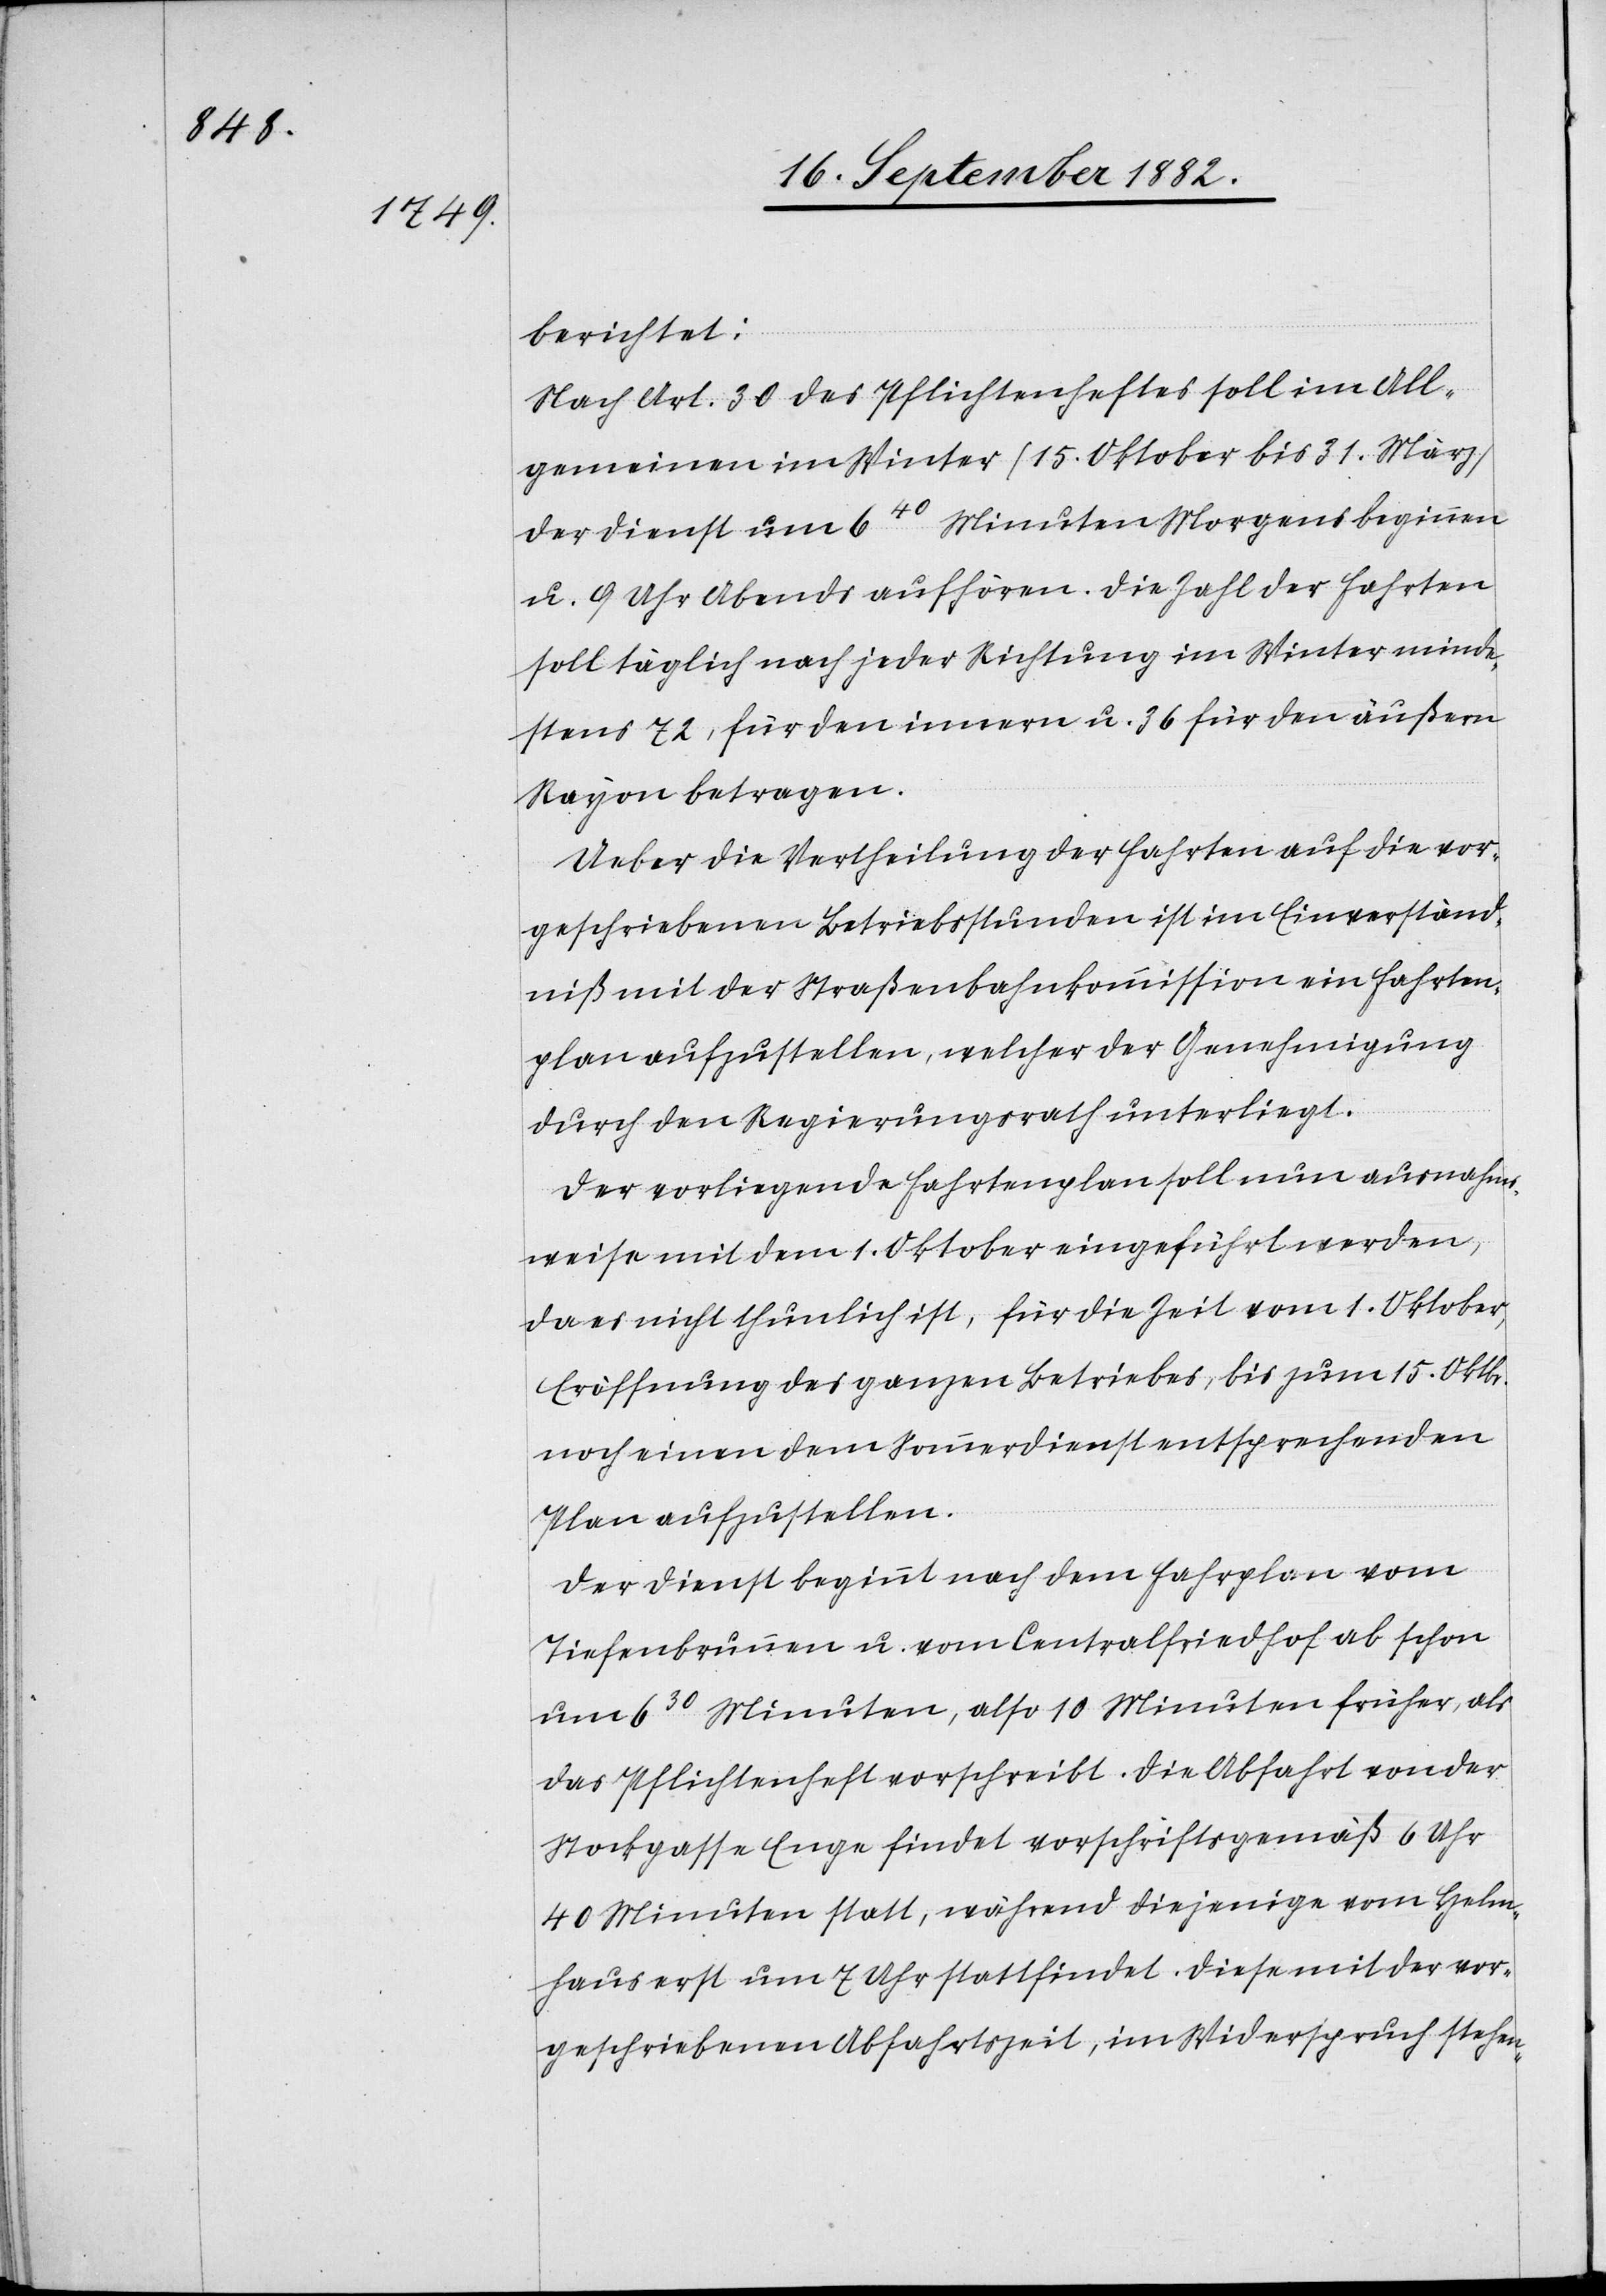
berichtet:
Nach Art. 30 des Pflichtenheftes soll im All¬
gemeinen im Winter (15. Oktober bis 31. März)
der Dienst um 640 Minuten Morgens beginnen
u. 9 Uhr Abends aufhören. Die Zahl der Fahrten
soll täglich nach jeder Richtung im Winter minde¬
stens 72, für den innern u. 36 für den äußern
Rayon betragen.
Ueber die Vertheilung der Fahrten auf die vor¬
geschriebenen Betriebsstunden ist im Einverständ¬
niß mit der Straßenbahnkommission ein Fahrten¬
plan aufzustellen, welcher der Genehmigung
durch den Regierungsrath unterliegt.
Der vorliegende Fahrtenplan soll nun ausnahms¬
weise mit dem 1. Oktober eingeführt werden,
da es nicht thunlich ist, für die Zeit vom 1. Oktober,
Eröffnung des ganzen Betriebes, bis zum 15. Oktbr.
noch einen dem Sommerdienst entsprechenden
Plan aufzustellen.
Der Dienst beginnt nach dem Fahrplan vom
Tiefenbrunnen u. vom Centralfriedhof ab schon
um 630 Minuten, also 10 Minuten früher, als
das Pflichtenheft vorschreibt. Die Abfahrt von der
Stockgasse Enge findet vorschriftsgemäß 6 Uhr
40 Minuten statt, während diejenige am Helm¬
haus erst um 7 Uhr stattfindet. Diese mit der vor¬
geschriebenen Abfahrtszeit, im Widerspruch stehen-